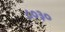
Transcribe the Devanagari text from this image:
८०३०